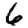
Digit: 6